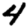
Digit: 4